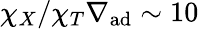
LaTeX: \chi_{X}/\chi_{T}\nabla_{\mathrm{ad}}\sim 10